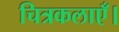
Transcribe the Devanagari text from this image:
चित्रकलाएँ।